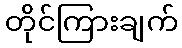
တိုင်ကြားချက်